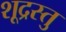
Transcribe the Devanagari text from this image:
शूद्रस्तु